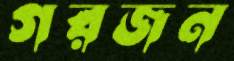
গরজন